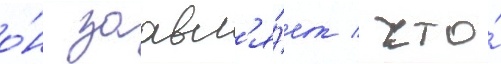
о́н заавл'я́ет / что́